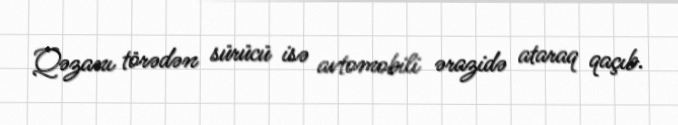
Qəzanı törədən sürücü isə avtomobili ərazidə ataraq qaçıb.